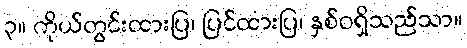
၃။ ကိုယ်တွင်းထားပြ၊ ပြင်ထားပြ၊ နှစ်ဝရှိသည်သာ။